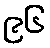
၉၆